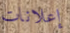
إعلانات